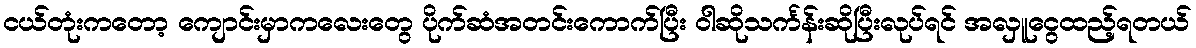
ငယ်တုံးကတော့ ကျောင်းမှာကလေးတွေ ပိုက်ဆံအတင်းကောက်ပြီး ဝါဆိုသင်္ကန်းဆိုပြီးလုပ်ရင် အလှူငွေထည့်ရတယ်